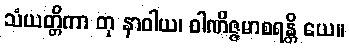
သံယတ္တိကာ တု နာဝါယ၊ ဝါဏိဇ္ဇမာစရန္တိ ယေ။